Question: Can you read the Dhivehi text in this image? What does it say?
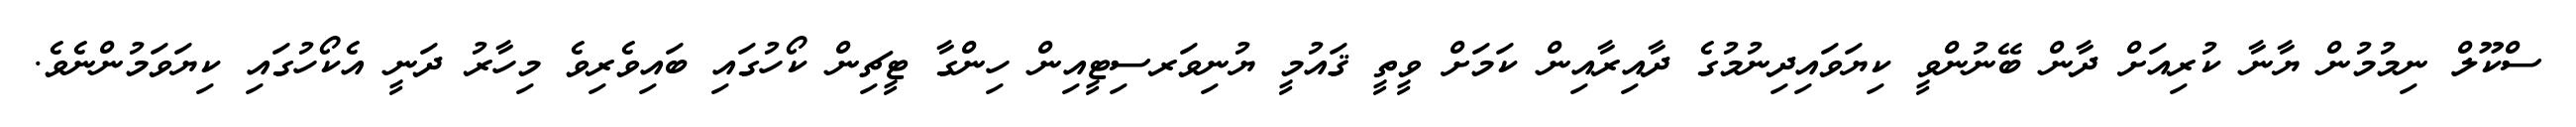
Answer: ސްކޫލް ނިމުމުން ޔާނާ ކުރިއަށް ދާން ބޭނުންވީ ކިޔަވައިދިނުމުގެ ދާއިރާއިން ކަމަށް ވީތީ ޤައުމީ ޔުނިވަރސިޓީއިން ހިންގާ ޓީޗިން ކޯހުގައި ބައިވެރިވެ މިހާރު ދަނީ އެކޯހުގައި ކިޔަވަމުންނެވެ.